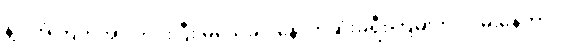
နဲ့ပဲ အံကြိတ်အားတင်းပြီး မသေခင် နောက်ဆုံးခရီးကြမ်းကို လှမ်းနေတာပဲ။